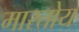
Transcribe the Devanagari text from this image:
मारतोय